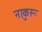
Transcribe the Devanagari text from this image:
नाकुरू